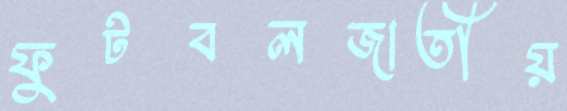
ফুটবলজাতীয়